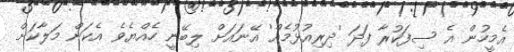
އެމީހުން އެ ސިފަކުރާ ފަދަ 'ދިރިއުޅުމެއް' އޭނައަށް ލިބޭނީ ހެއްޔެވެ އެކަން މަލާކަށް